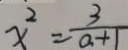
x ^ { 2 } = \frac { 3 } { a + 1 }